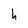
Character: h